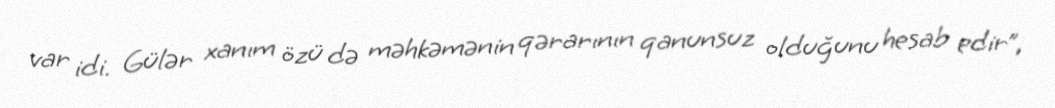
var idi. Gülər xanım özü də məhkəmənin qərarının qanunsuz olduğunu hesab edir”,